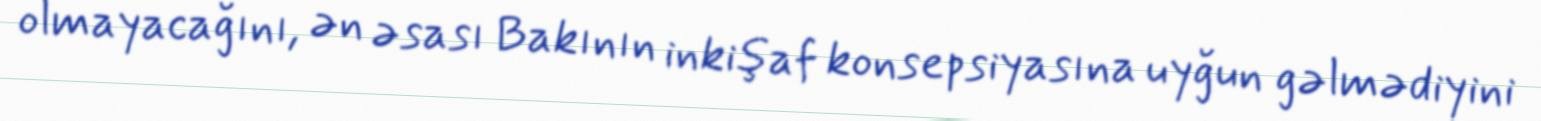
olmayacağını, ən əsası Bakının inkişaf konsepsiyasına uyğun gəlmədiyini